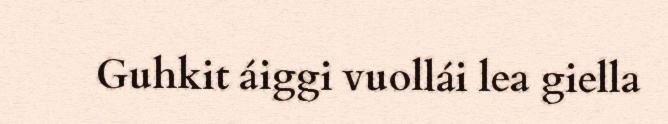
Guhkit áiggi vuollái lea giella